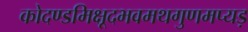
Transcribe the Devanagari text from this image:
कोदण्डमिक्षूदभवमथगुणमप्यड़